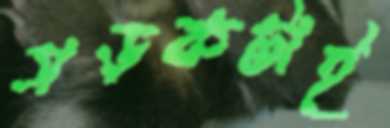
সড়কটাই